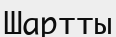
Шартты